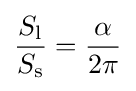
{\frac {S_{\mathrm {l} }}{S_{\mathrm {s} }}}={\frac {\alpha }{2\pi }}